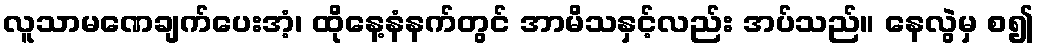
လူသာမဏေချက်ပေးအံ့၊ ထိုနေ့နံနက်တွင် အာမိသနှင့်လည်း အပ်သည်။ နေလွဲမှ စ၍